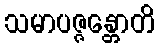
သမာပဇ္ဇန္တောတိ